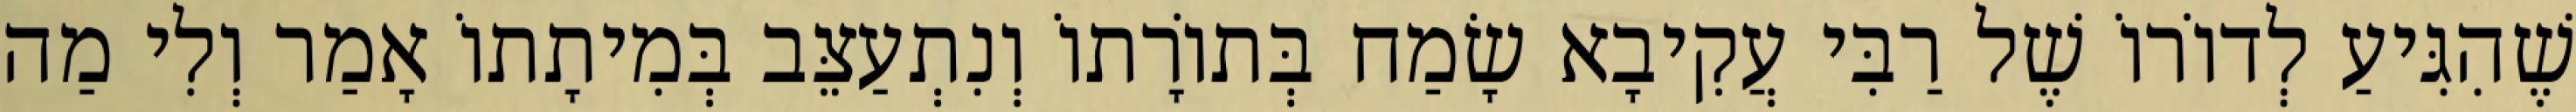
שֶׁהִגִּיעַ לְדוֹרוֹ שֶׁל רַבִּי עֲקִיבָא שָׂמַח בְּתוֹרָתוֹ וְנִתְעַצֵּב בְּמִיתָתוֹ אָמַר וְלִי מַה